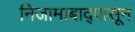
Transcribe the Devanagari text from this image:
निजामाबाद्पासून